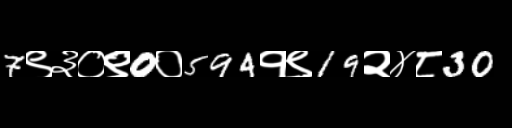
Text: 7९३०९0०594१९19२४८30